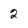
Character: 2